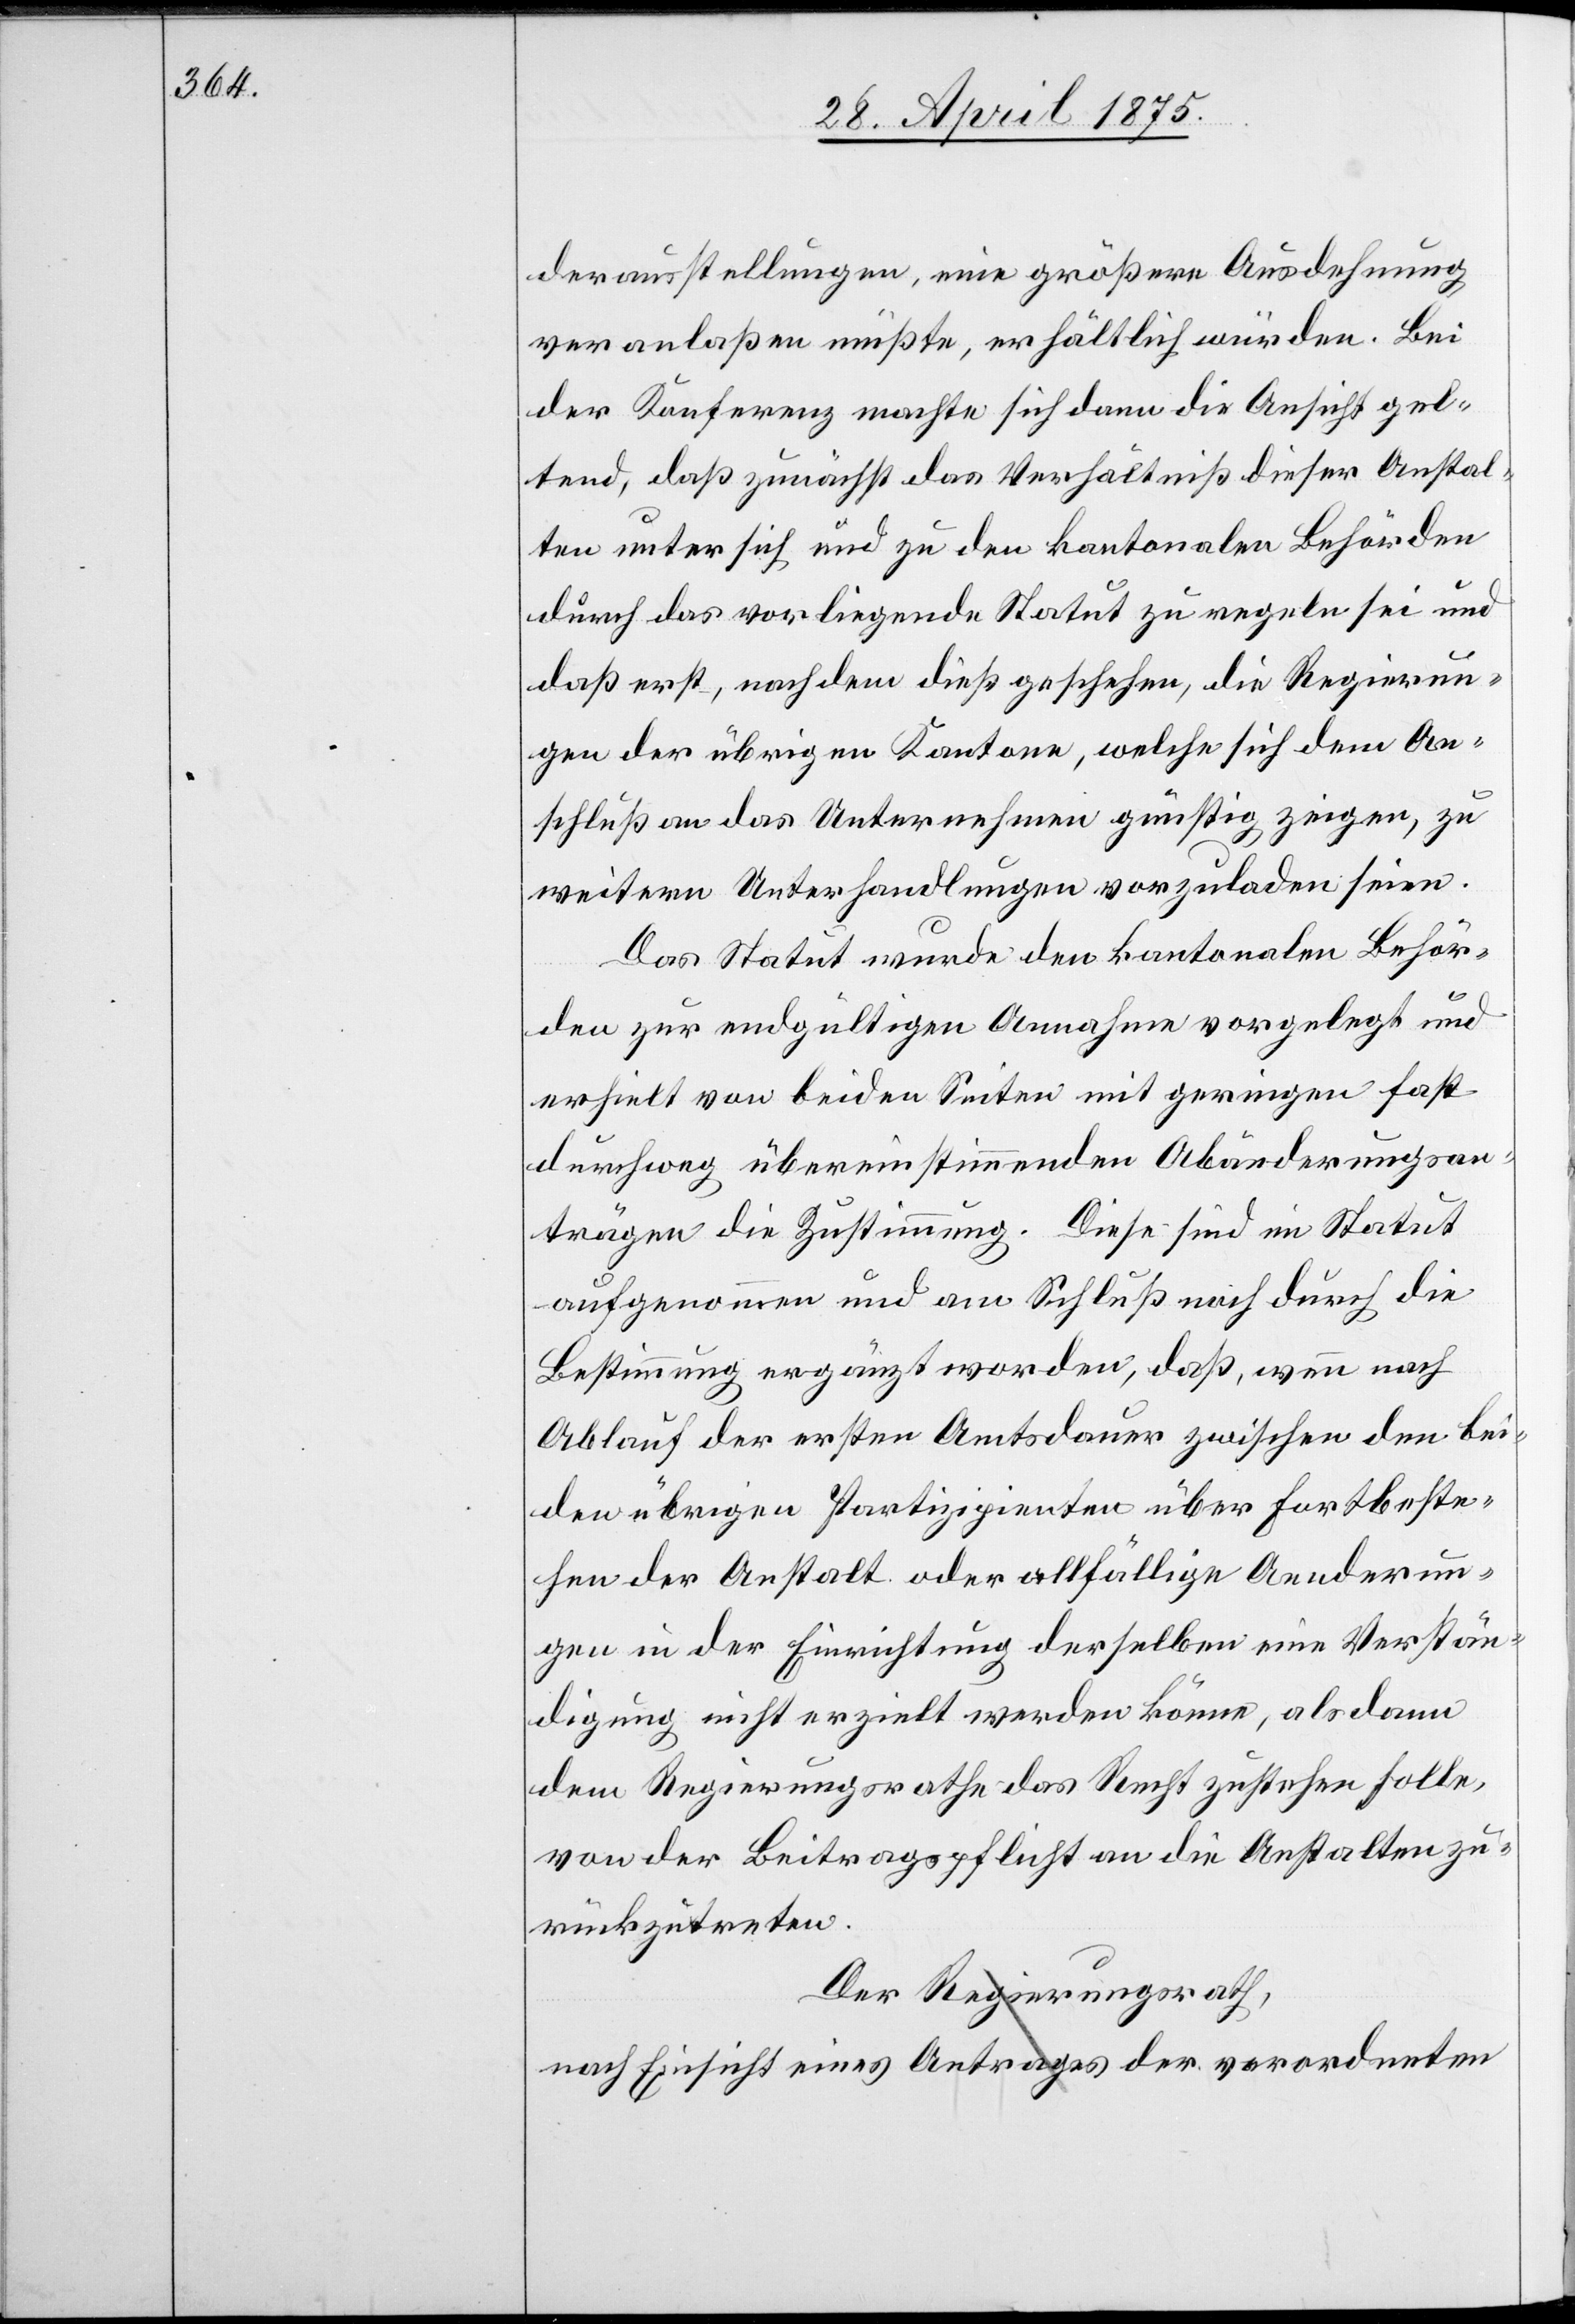
derausstellungen, eine größere Ausdehnung
veranlaßen müßte, erhältlich würden. Bei
der Konferenz machte sich dann die Ansicht gel¬
tend, daß zunächst das Verhältniß dieser Anstal¬
ten unter sich und zu den kantonalen Behörden
durch das vorliegende Statut zu regeln sei und
daß erst, nachdem dieß geschehen, die Regierun¬
gen der übrigen Kantone, welche sich dem An¬
schluß an das Unternehmen günstig zeigen, zu
weitern Unterhandlungen vorzuladen seien.
Das Statut wurde den kantonalen Behör¬
den zur endgültigen Annahme vorgelegt und
erhielt von beiden Seiten mit geringen fast
durchweg übereinstimmenden Abänderungsan¬
trägen Zustimmung. Diese sind im Statut
aufgenommen und am Schluß noch durch die
Bestimmung ergänzt worden, daß, wenn nach
Ablauf der ersten Amtsdauer zwischen den bei¬
den übrigen Partizipienten über Fortbeste¬
hen der Anstalt oder allfällige Aenderun¬
gen in der Einrichtung derselben eine Verstän¬
digung nicht erzielt werden könne, als dann
dem Regierungsrathe das Recht zustehen solle,
von der Beitragspflicht an die Anstalten zu¬
rückzutreten.